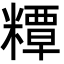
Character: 䊤